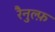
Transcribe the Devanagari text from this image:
रैनुल्फ़